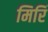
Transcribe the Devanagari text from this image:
मिरिं